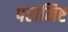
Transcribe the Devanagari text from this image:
परानिष्ट